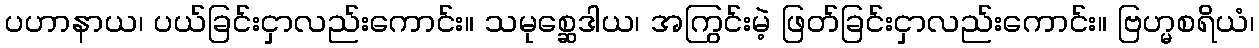
ပဟာနာယ၊ ပယ်ခြင်းငှာလည်းကောင်း။ သမုစ္ဆေဒါယ၊ အကြွင်းမဲ့ ဖြတ်ခြင်းငှာလည်းကောင်း။ ဗြဟ္မစရိယံ၊